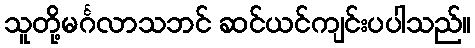
သူတို့မင်္ဂလာသဘင် ဆင်ယင်ကျင်းပပါသည်။